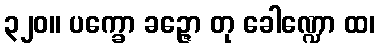
၃၂၀။ ပက္ခော ခဉ္ဇော တု ခေါဏ္ဍော ထ၊